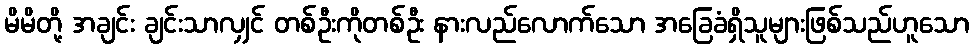
မိမိတို့ အချင်း ချင်းသာလျှင် တစ်ဦးကိုတစ်ဦး နားလည်လောက်သော အခြေခံရှိသူများဖြစ်သည်ဟူသော